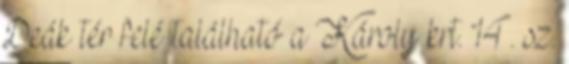
Deák tér felé található a Károly krt. 14. sz.